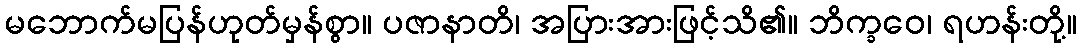
မဘောက်မပြန်ဟုတ်မှန်စွာ။ ပဇာနာတိ၊ အပြားအားဖြင့်သိ၏။ ဘိက္ခဝေ၊ ရဟန်းတို့။